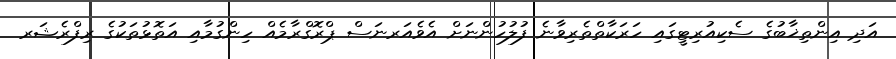
އަދި އިންތިޚާބުގެ ސެކިއުރިޓީގައި ހަރަކާތްތެރިވާނެ ފުލުހުންނަށް އެވެއަރނަސް ޕްރޮގްރާމެއް ހިންގުމާއި އަތޮޅުތަކުގެ ރިފްރެޝަރ